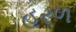
હરળ